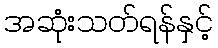
အဆုံးသတ်ရန်နှင့်